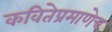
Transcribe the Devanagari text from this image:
कवितेप्रमाणेच